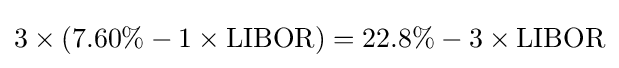
3\times \left(7.60\%-1\times {\text{LIBOR}}\right)=22.8\%-3\times {\text{LIBOR}}